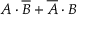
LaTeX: A \cdot { \overline { { B } } } + { \overline { { A } } } \cdot B